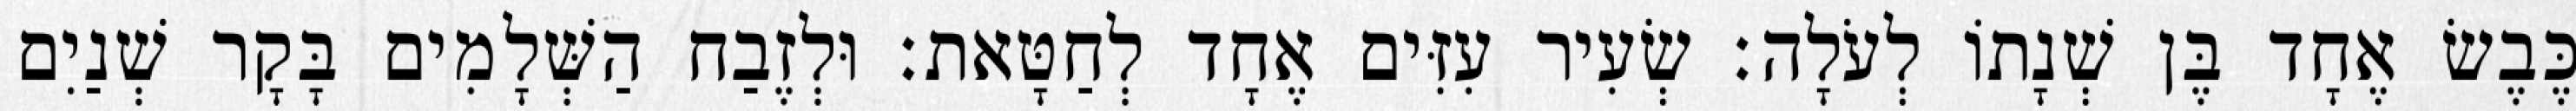
כֶּבֶשׂ אֶחָד בֶּן שְׁנָתוֹ לְעֹלָה׃ שְׂעִיר עִזִּים אֶחָד לְחַטָּאת׃ וּלְזֶבַח הַשְּׁלָמִים בָּקָר שְׁנַיִם